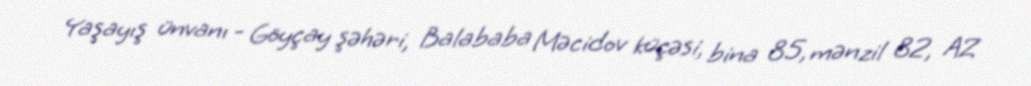
Yaşayış ünvanı - Göyçay şəhəri, Balababa Məcidov küçəsi, bina 85, mənzil 82, AZ